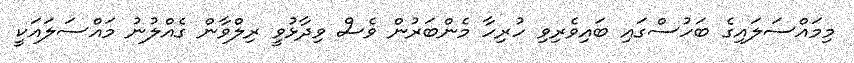
މިމައްސަލައިގެ ބަހުސްގައި ބައިވެރިވި ހުރިހާ މެންބަރުން ވެސް ވިދާޅުވީ ރިލްވާން ގެއްލުނު މައްސަލައަކީ